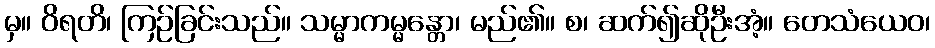
မှ။ ဝိရတိ၊ ကြဉ်ခြင်းသည်။ သမ္မာကမ္မန္တော၊ မည်၏။ စ၊ ဆက်၍ဆိုဦးအံ့။ တေသံယေဝ၊